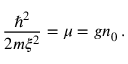
{ \frac { \hbar ^ { 2 } } { 2 m \xi ^ { 2 } } } = \mu = g n _ { 0 } \, .